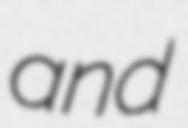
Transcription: and